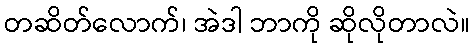
တဆိတ်လောက်၊ အဲဒါ ဘာကို ဆိုလိုတာလဲ။